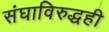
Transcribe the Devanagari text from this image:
संघाविरुद्धही